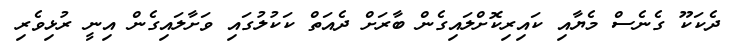
ދެކަކޫ ގެނެސް މެޔާއި ކައިރިކޮށްލައިގެން ބާރަށް ދެއަތް ކަކުލުގައި ވަށާލައިގެން އިނީ ރުޅިވެރި